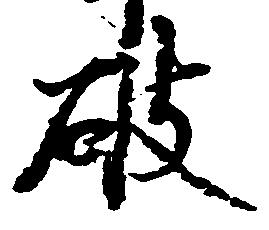
破